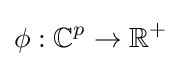
\phi :\mathbb {C} ^{p}\to \mathbb {R} ^{+}